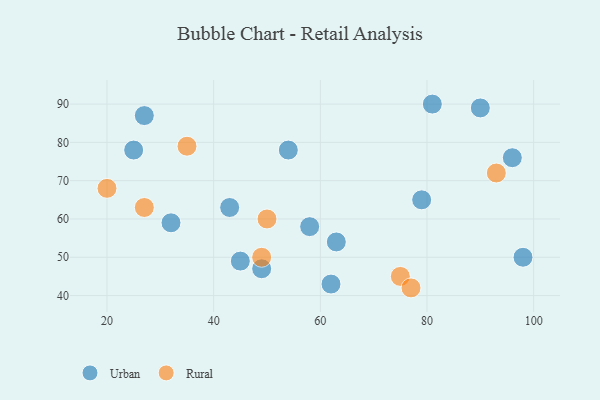
{"axis": {"x": "GDP", "y": "Life Expectancy"}, "legend": ["Rural", "Urban"], "data": [{"x": "43", "y": 63, "type": "Urban"}, {"x": "49", "y": 47, "type": "Urban"}, {"x": "63", "y": 54, "type": "Urban"}, {"x": "62", "y": 43, "type": "Urban"}, {"x": "54", "y": 78, "type": "Urban"}, {"x": "81", "y": 90, "type": "Urban"}, {"x": "79", "y": 65, "type": "Urban"}, {"x": "32", "y": 59, "type": "Urban"}, {"x": "58", "y": 58, "type": "Urban"}, {"x": "25", "y": 78, "type": "Urban"}, {"x": "27", "y": 87, "type": "Urban"}, {"x": "98", "y": 50, "type": "Urban"}, {"x": "96", "y": 76, "type": "Urban"}, {"x": "45", "y": 49, "type": "Urban"}, {"x": "90", "y": 89, "type": "Urban"}, {"x": "49", "y": 50, "type": "Rural"}, {"x": "50", "y": 60, "type": "Rural"}, {"x": "35", "y": 79, "type": "Rural"}, {"x": "93", "y": 72, "type": "Rural"}, {"x": "75", "y": 45, "type": "Rural"}, {"x": "77", "y": 42, "type": "Rural"}, {"x": "27", "y": 63, "type": "Rural"}, {"x": "20", "y": 68, "type": "Rural"}]}